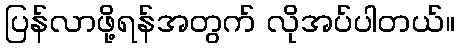
ပြန်လာဖို့ရန်အတွက် လိုအပ်ပါတယ်။